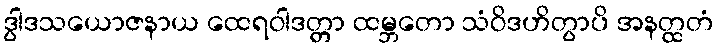
ဒွါဒသယောဇနာယ ထေရဝါဒတ္တာ ထမ္ဘတော သံဝိဒဟိတွာပိ အနတ္ထတံ